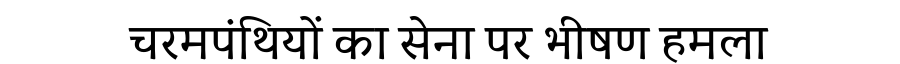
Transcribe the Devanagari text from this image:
चरमपंथियों का सेना पर भीषण हमला